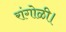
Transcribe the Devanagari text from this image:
रांगोळी।